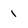
Character: 1